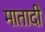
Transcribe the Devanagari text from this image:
मातादी